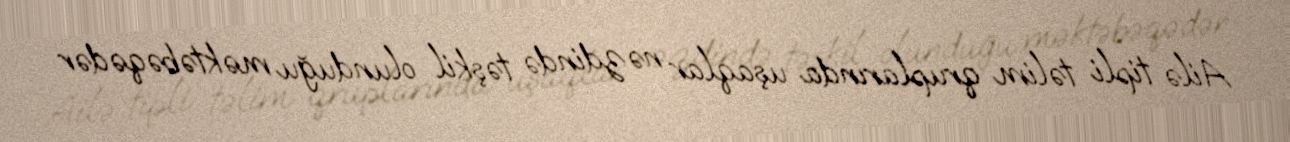
Ailə tipli təlim qruplarında uşaqlar nəzdində təşkil olunduğu məktəbəqədər